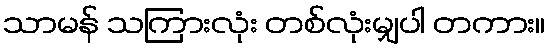
သာမန် သကြားလုံး တစ်လုံးမျှပါ တကား။